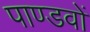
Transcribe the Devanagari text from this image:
पाण्डवाें